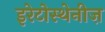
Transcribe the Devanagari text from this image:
इरेटोस्थेनीज़